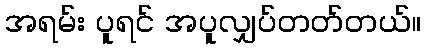
အရမ်း ပူရင် အပူလျှပ်တတ်တယ်။